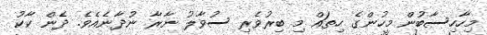
މިހާހިސާބުން މީހުންގެ ހިތައް މި ބިރުވެރި ސުވާލު ނާރާ ނުދާނެއެވެ. ދެން ކާކު